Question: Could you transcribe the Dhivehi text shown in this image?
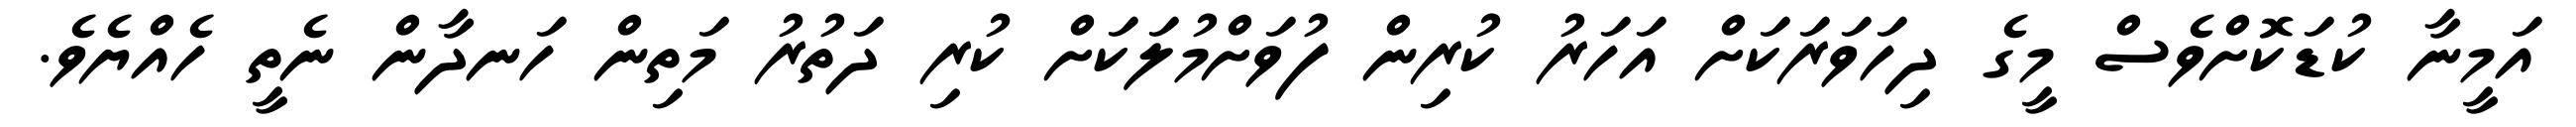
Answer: އަމީނާ ކުޑަކޮށްވެސް މީގެ ދިހަވަރަކަށް އަހަރު ކުރިން ފުވަށްމުލަކަށް ކުރި ދަތުރު މަތިން ހަނދާން ނެތީ ހެއްޔެވެ.